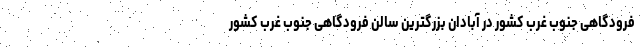
فرودگاهی جنوب غرب کشور در آبادان بزرگترین سالن فرودگاهی جنوب غرب کشور